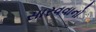
સારવવાનો